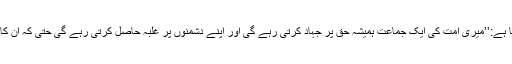
چنانچہ اللہ کے رسول صلی اللہ علیہ وسلم نے فرمایا ہے:’’میری امت کی ایک جماعت ہمیشہ حق پر جہاد کرتی رہے گی اور اپنے دشمنوں پر غلبہ حاصل کرتی رہے گی حتی کہ ان کا آخری حصہ مسیح دجال کے خلاف جہاد کرے گا‘‘۔